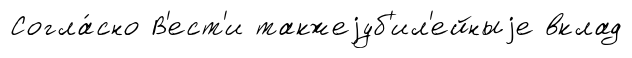
Согла́сно В'ест'и такжеjуб'ил'ейныjе вклад